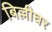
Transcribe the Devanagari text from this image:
बिल्लीघर